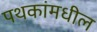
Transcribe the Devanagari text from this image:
पथकांमधील